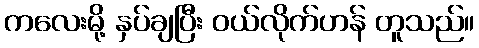
ကလေးမို့ နှပ်ချပြီး ဝယ်လိုက်ဟန် တူသည်။